Annual administration report of the Civil Veterinary Department of India - 1897-1898
Year: 1897
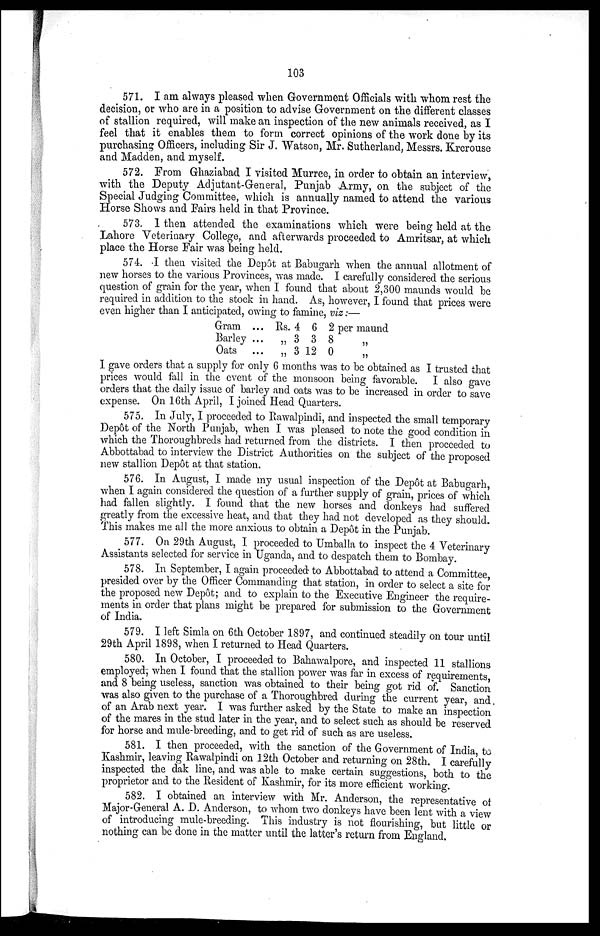
103
571. I am always pleased when Government Officials with whom rest the
decision, or who are in a position to advise Government on the different classes
of stallion required, will make an inspection of the new animals received, as I
feel that it enables them to form correct opinions of the work done by its
purchasing Officers, including Sir J. Watson, Mr. Sutherland, Messrs. Krcrouse
and Madden, and myself.
572. From Ghaziabad I visited Murree, in order to obtain an interview,
with the Deputy Adjutant-General, Punjab Army, on the subject of the
Special Judging Committee, which is annually named to attend the various
Horse Shows and Fairs held in that Province.
573. 1 then attended the examinations which were being held at the
Lahore Veterinary College, and afterwards proceeded to Amritsar, at which
place the Horse Fair was being held.
574. I then visited the Depôt at Babugarh when the annual allotment of
new horses to the various Provinces, was made. I carefully considered the serious
question of grain for the year, when I found that about 2,300 maunds would be
required in addition to the stock in hand. As, however, I found that prices were
even higher than I anticipated, owing to famine, viz:—
Gram ...
Barley ...
Oats ...
Rs.
„
„
4
3
3
6
3
12
2 per maund
8
„
0 „
I gave orders that a supply for only 6 months was to be obtained as I trusted that
prices would fall in the event of the monsoon being favorable. I also gave
orders that the daily issue of barley and oats was to be increased in order to save
expense. On 16th April, I joined Head Quarters.
575. In July, I proceeded to Rawalpindi, and inspected the small temporary
Depôt of the North Punjab, when I was pleased to note the good condition in
which the Thoroughbreds had returned from the districts. I then proceeded to
Abbottabad to interview the District Authorities on the subject of the proposed
new stallion Depôt at that station.
576. In August, I made my usual inspection of the Depôt at Babugarh,
when I again considered the question of a further supply of grain, prices of which
had fallen slightly. I found that the new horses and donkeys had suffered
greatly from the excessive heat, and that they had not developed as they should
This makes me all the more anxious to obtain a Depôt in the Punjab.
577. On 29th August, I proceeded to Umballa to inspect the 4 Veterinary
Assistants selected for service in Uganda, and to despatch them to Bombay.
578. In September, I again proceeded to Abbottabad to attend a Committee
presided over by the Officer Commanding that station, in order to select a site for
the proposed new Depôt; and to explain to the Executive Engineer the require-
ments in order that plans might be prepared for submission to the Government
of India.
579. I left Simla on 6th October 1897, and continued steadily on tour until
29th April 1898, when I returned to Head Quarters.
580. In October, I proceeded to Bahawalpore, and inspected 11 stallions
employed; when I found that the stallion power was far in excess of requirements
and 8 being useless, sanction was obtained to their being got rid of. Sanction
was also given to the purchase of a Thoroughbred during the current year and
of an Arab next year. I was further asked by the State to make an inspection
of the mares in the stud later in the year, and to select such as should be reserved
for horse and mule-breeding, and to get rid of such as are useless.
581. I then proceeded, with the sanction of the Government of India to
Kashmir, leaving Rawalpindi on 12th October and returning on 28th. I carefully
inspected the dak line, and was able to make certain suggestions, both to the
proprietor and to the Resident of Kashmir, for its more efficient working.
582. I obtained an interview with Mr. Anderson, the representative of
Major-Greneral A. D. Anderson, to whom two donkeys have been lent with a view
of introducing mule-breeding. This industry is not flourishing, but little or
nothing can be done in the matter until the latter's return from England